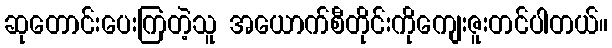
ဆုတောင်းပေးကြတဲ့သူ အယောက်စီတိုင်းကိုကျေးဇူးတင်ပါတယ်။